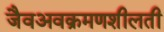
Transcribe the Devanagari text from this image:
जैवअवक्रमणशीलती